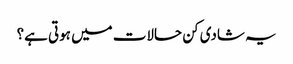
یہ شادی کن حالات میں ہوتی ہے؟